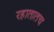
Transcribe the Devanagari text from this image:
रहातातच